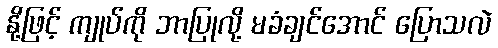
နို့ဖြင့် ကျုပ်ကို ဘာပြုလို့ မခံချင်အောင် ပြောသလဲ